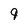
Character: 9